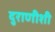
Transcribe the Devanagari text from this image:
दुराणीशी